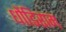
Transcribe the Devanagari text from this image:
धोंडिराम